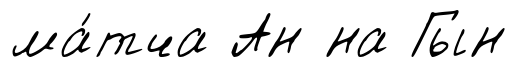
ма́тча Ан на Гын